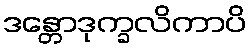
ဒန္တောဒုက္ခလိကာပိ